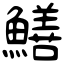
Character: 鱔